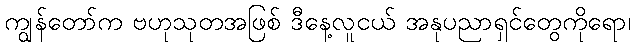
ကျွန်တော်က ဗဟုသုတအဖြစ် ဒီနေ့လူငယ် အနုပညာရှင်တွေကိုရော၊